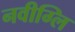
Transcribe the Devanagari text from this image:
नवीग्लि